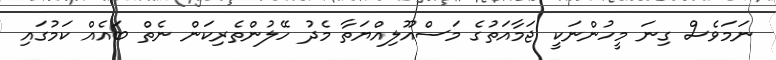
ނަމަވެސް ގިނަ މީހުންނަކީ ޖަމާއަތުގެ މަސްއޫލިއްޔަތާ މެދު ހޭލުންތެރިކަން ނެތް ބައެއް ކަމުގައި